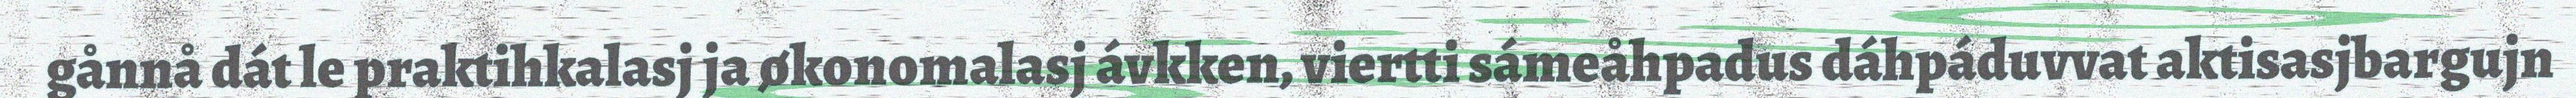
gånnå dát le praktihkalasj ja økonomalasj ávkken, viertti sámeåhpadus dáhpáduvvat aktisasjbargujn